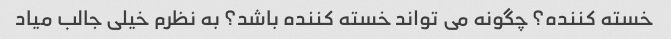
خسته کننده؟ چگونه می تواند خسته کننده باشد؟ به نظرم خیلی جالب میاد